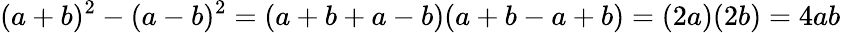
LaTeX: (a+b)^{2}-(a-b)^{2}=(a+b+a-b)(a+b-a+b)=(2a)(2b)=4ab